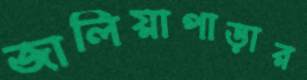
জালিয়াপাড়ার